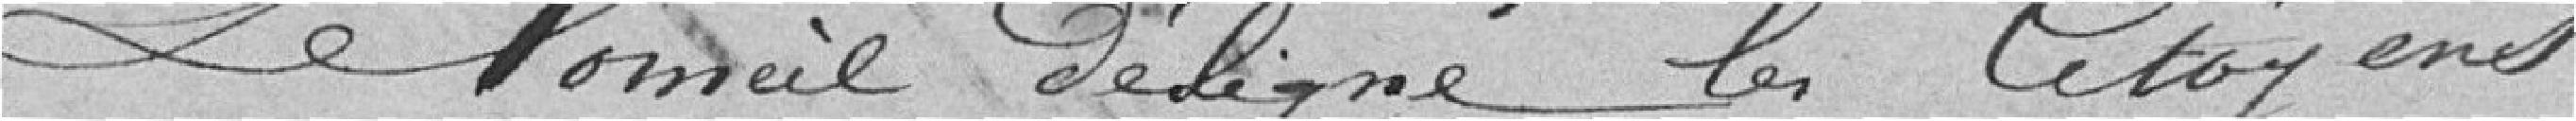
le Conseil désigne les Citoyens